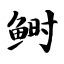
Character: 鲥